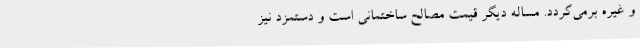
و غیره برمی‌گردد. مساله دیگر قیمت مصالح ساختمانی است و دستمزد نیز